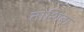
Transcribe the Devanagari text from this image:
तोशिबा